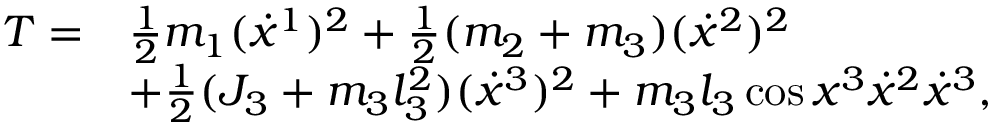
\begin{array} { r l } { T = } & { \frac { 1 } { 2 } m _ { 1 } ( \dot { x } ^ { 1 } ) ^ { 2 } + \frac { 1 } { 2 } ( m _ { 2 } + m _ { 3 } ) ( \dot { x } ^ { 2 } ) ^ { 2 } } \\ & { + \frac { 1 } { 2 } ( J _ { 3 } + m _ { 3 } l _ { 3 } ^ { 2 } ) ( \dot { x } ^ { 3 } ) ^ { 2 } + m _ { 3 } l _ { 3 } \cos x ^ { 3 } \dot { x } ^ { 2 } \dot { x } ^ { 3 } , } \end{array}